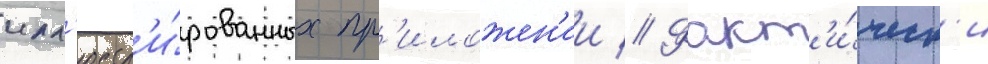
илл'юстр'и́рованных пр'иложен'ии // Факт'и́ческ'и